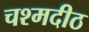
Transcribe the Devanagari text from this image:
चश्मदीठ